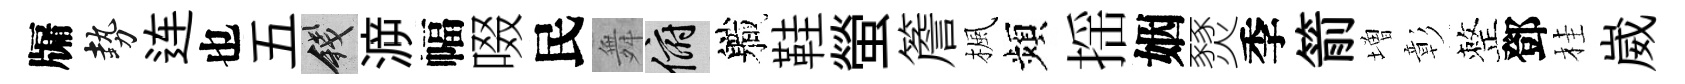
牖勢连也五錢㴑幅啜民舞俯軄鞋螢簷楓頻揺姻燹季箭増彰整鄧桂崴